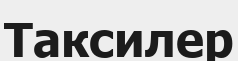
Таксилер